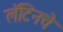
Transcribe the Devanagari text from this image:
लॅटिनचे